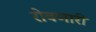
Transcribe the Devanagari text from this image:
रोवणारी